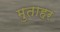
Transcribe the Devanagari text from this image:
मुताहर